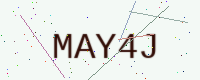
Text: MAY4J